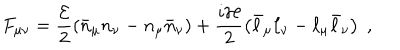
LaTeX: F _ { \mu \nu } = \frac { { \cal E } } { 2 } \left( \bar { n } _ { \mu } n _ { \nu } - n _ { \mu } \bar { n } _ { \nu } \right) + \frac { i { \cal H } } { 2 } \left( \bar { \ell } _ { \mu } \ell _ { \nu } - \ell _ { \mu } \bar { \ell } _ { \nu } \right) \; ,